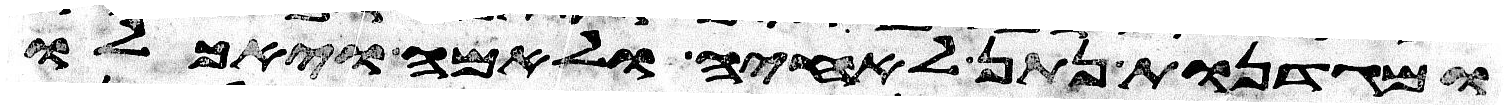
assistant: ומגדנות נתן לאחיה ולאמה ויאכלו